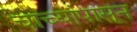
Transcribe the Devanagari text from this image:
चाच्यांपासून